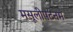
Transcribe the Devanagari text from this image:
मसूलीपटनम